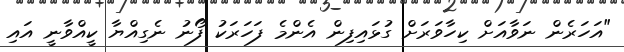
"އަހަރެން ނަވާއަށް ކިހާވަރަށް ގުޅައިފިން އެންމެ ފަހަރަކު ފޯނު ނެގިއްޔާ ކީއްވާނީ އައި